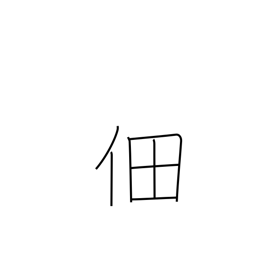
Meaning: cultivated rice field